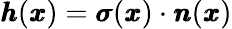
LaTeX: {\pmb h}({\pmb x})={\pmb\sigma}({\pmb x})\cdot{\pmb n}({\pmb x})